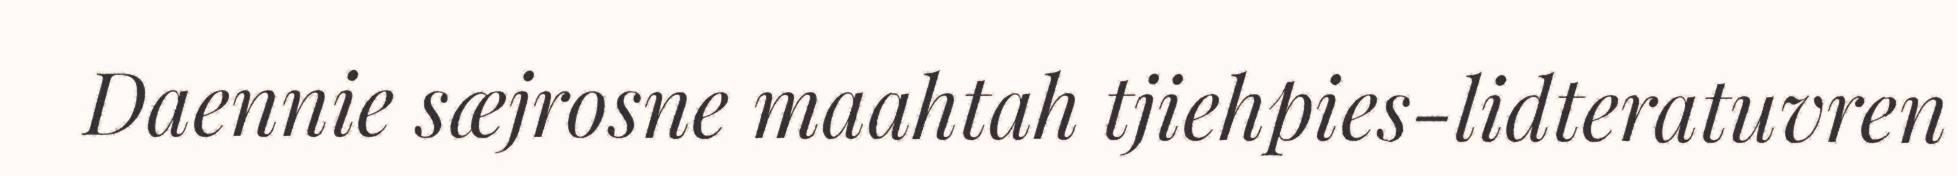
Daennie sæjrosne maahtah tjiehpies-lidteratuvren